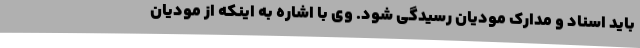
باید اسناد و مدارک مودیان رسیدگی شود. وی با اشاره به اینکه از مودیان